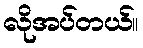
လိုအပ်တယ်။